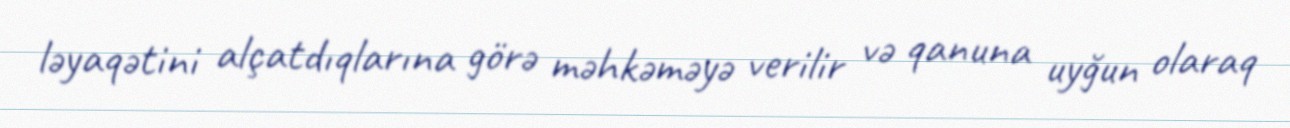
ləyaqətini alçatdıqlarına görə məhkəməyə verilir və qanuna uyğun olaraq